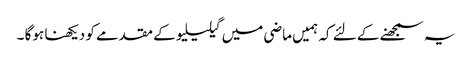
یہ سمجھنے کے لئے کہ ہمیں ماضی میں گیلیلیو کے مقدمے کو دیکھنا ہوگا ۔